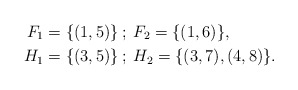
\begin{align*}F_1 &= \{(1,5)\}\:; \: F_2=\{(1,6) \}, \\H_1 &= \{(3,5)\}\:; \: H_2 = \{(3,7), (4,8)\}.\end{align*}